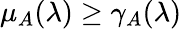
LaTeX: \mu_{A}(\lambda)\geq\gamma_{A}(\lambda)